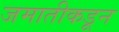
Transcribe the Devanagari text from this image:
जमातीकडून